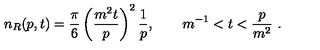
n _ { R } ( p , t ) = \frac \pi 6 \left( \frac { m ^ { 2 } t } p \right) ^ { 2 } \frac 1 p , \qquad m ^ { - 1 } < t < \frac p { m ^ { 2 } } \ .